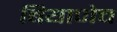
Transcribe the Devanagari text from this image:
बियाणेच